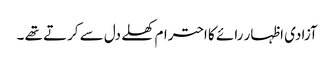
آزادی اظہار رائے کا احترام کھلے دل سے کرتے تھے ۔